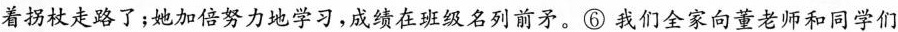
着拐杖走路了；她加倍努力地学习，成绩在班级名列前矛。⑥我们全家向董老师和同学们